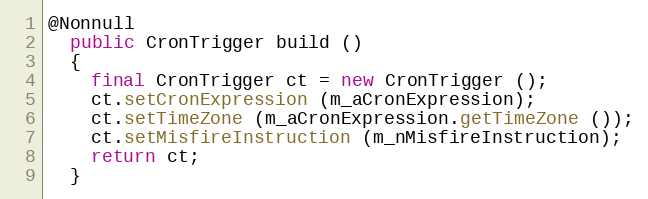
Language: Java
@Nonnull
  public CronTrigger build ()
  {
    final CronTrigger ct = new CronTrigger ();
    ct.setCronExpression (m_aCronExpression);
    ct.setTimeZone (m_aCronExpression.getTimeZone ());
    ct.setMisfireInstruction (m_nMisfireInstruction);
    return ct;
  }